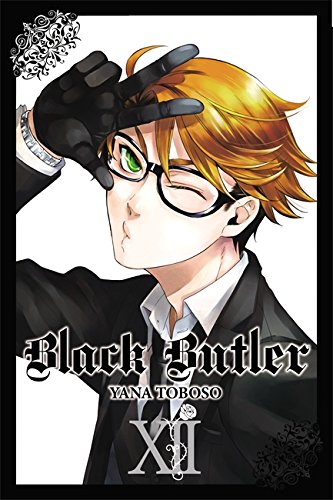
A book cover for Black Butler, Vol. 12; Comics & Graphic Novels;